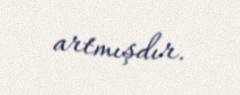
artmışdır.